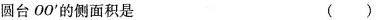
圆台OO^{\prime}的侧面积是 ( )